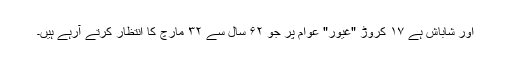
اور شاباش ہے ۱۷ کروڑ "غیور" عوام پر جو ۶۲ سال سے ۳۲ مارچ کا انتظار کرتے آرہے ہیں۔